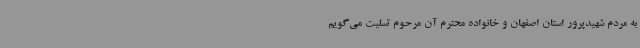
به مردم شهیدپرور استان اصفهان و خانواده محترم آن مرحوم تسلیت می‌گویم